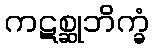
ကဋစ္ဆုဘိက္ခံ